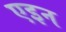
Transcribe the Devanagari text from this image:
एइन